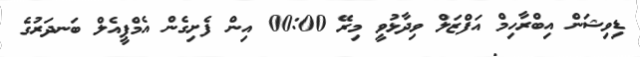
ޑިވިޝަން އިބްރާހިމް އަފްޒަލް ވިދާޅުވީ މިރޭ 00:00 އިން ފެށިގެން އެމްޕީއެލް ބަނދަރުގެ